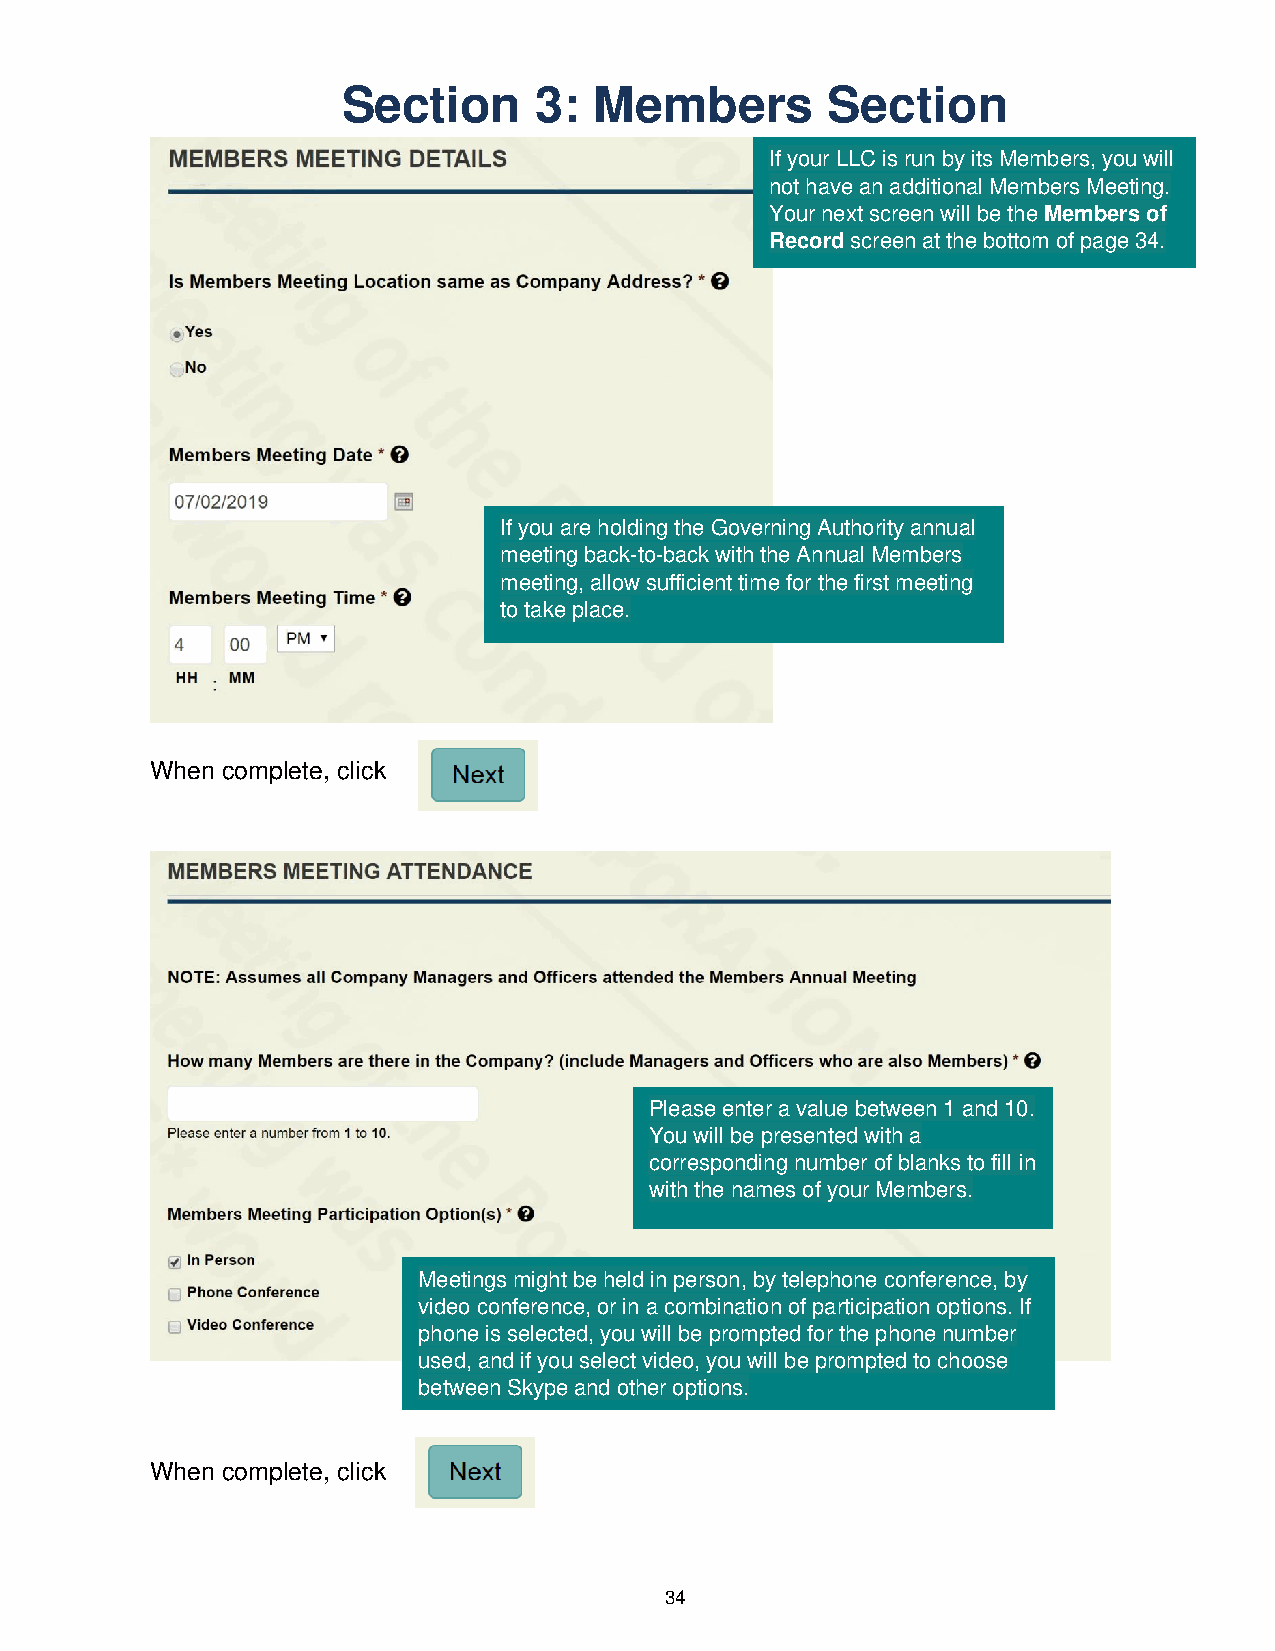
Section     3:  Members         Section
 If your LLC is run by its Members, you will
 not have an additional Members Meeting.
 Your next screen will be the Members of
 Record screen at the bottom of page 34.
 If you are holding the Governing Authority annual
 meeting back-to-back with the Annual Members
 meeting, allow sufficient time for the first meeting
 to take place.
 When complete, click
 Please enter a value between 1 and 10.
 You will be presented with a
 corresponding number of blanks to fill in
 with the names of your Members.
 Meetings might be held in person, by telephone conference, by
 video conference, or in a combination of participation options. If
 phone is selected, you will be prompted for the phone number
 used, and if you select video, you will be prompted to choose
 between Skype and other options.
 When complete, click
 34